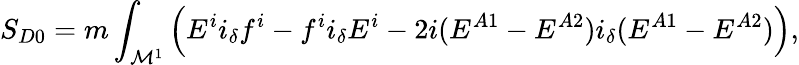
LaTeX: S_{D0}=m\int_{{\cal M}^{1}}\left(E^{i}i_{\delta}f^{i}-f^{i}i_{\delta}E^{i}-2i(E^{A1}-E^{A2})i_{\delta}(E^{A1}-E^{A2})\right),